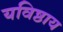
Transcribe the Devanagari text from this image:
यविष्ठाय